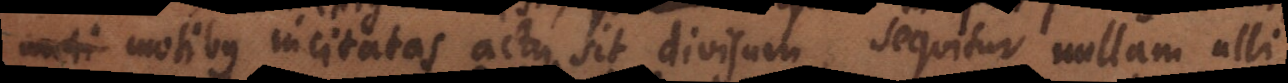
motibus incitatas actu sit divisum, sequitur nullam ulli